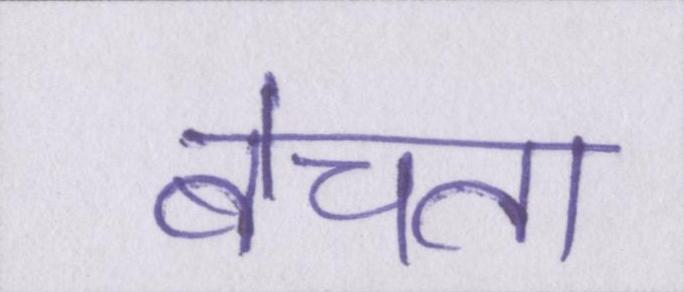
बेचता